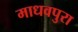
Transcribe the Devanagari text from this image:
माधवपुरा